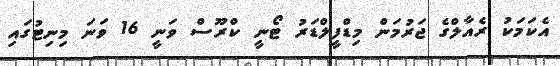
އެކަމަކު ރެއާލްގެ ޖަރުމަން މިޑްފީލްޑަރު ޓޯނީ ކްރޫސް ވަނީ 16 ވަނަ މިނިޓުގައި